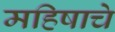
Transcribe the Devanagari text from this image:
महिषाचे